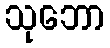
သုဘော